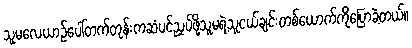
သူမလေယာဉ်ပေါ်တက်တုန်းကဆံပင်ညှပ်ဖို့သူမရဲ့သူငယ်ချင်းတစ်ယောက်ကိုပြောခဲ့တယ်။